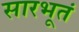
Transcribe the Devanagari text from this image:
सारभूतं